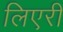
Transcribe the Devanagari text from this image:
लिएरी